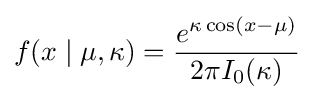
f(x\mid \mu ,\kappa )={\frac {e^{\kappa \cos(x-\mu )}}{2\pi I_{0}(\kappa )}}